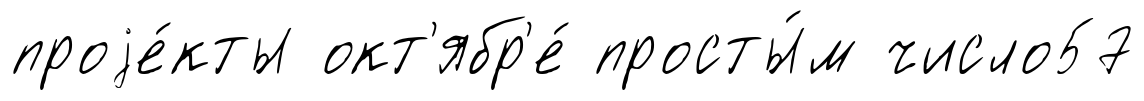
проjе́кты окт'ябр'е́ просты́м число57